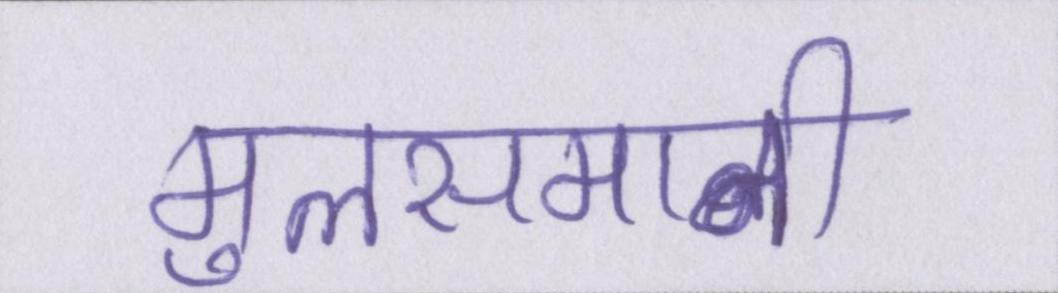
मुलसमानी